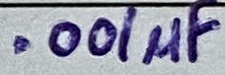
Text: .001µF